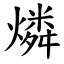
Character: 燐